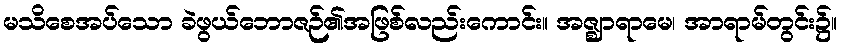
မသိစေအပ်သော ခဲဖွယ်ဘောဇဉ်၏အဖြစ်လည်းကောင်း။ အဇ္ဈာရာမေ၊ အာရာမ်တွင်း၌။